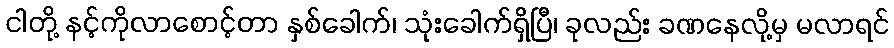
ငါတို့ နင့်ကိုလာစောင့်တာ နှစ်ခေါက်၊ သုံးခေါက်ရှိပြီ၊ ခုလည်း ခဏနေလို့မှ မလာရင်